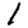
Digit: 1